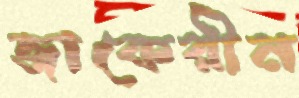
জাকেরীন